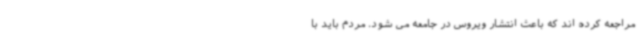
مراجعه کرده اند که باعث انتشار ویروس در جامعه می شود. مردم باید با